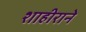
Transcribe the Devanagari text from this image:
शाहीराने